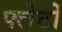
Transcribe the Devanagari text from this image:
फ्लेटों